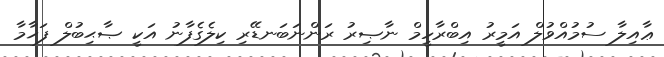
ޢާއިލާ ސުމުއްވުލް އަމީރު އިބްރާހީމް ނާޞިރު ރަންނަބަނޑޭރި ކިލެގެފާނު އަކީ ޞާޙިބުލް ފަޚާމާ